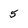
Character: 5